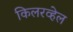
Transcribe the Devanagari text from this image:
किलरव्हेल